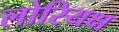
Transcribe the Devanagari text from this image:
लोरियक्ष